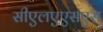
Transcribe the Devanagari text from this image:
सीएलएएसएस